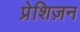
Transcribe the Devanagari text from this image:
प्रेशिज़न